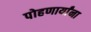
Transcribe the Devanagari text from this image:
पोहणार्यांना